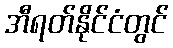
အီရတ်နိုင်ငံတွင်